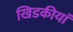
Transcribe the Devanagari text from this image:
खिडकीयां